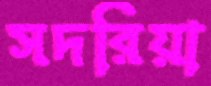
সদরিয়া